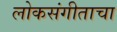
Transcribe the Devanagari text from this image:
लोकसंगीताचा